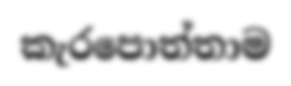
කැරපොත්තාම